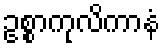
ဥစ္စာကုလိကာနံ